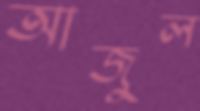
আজুল